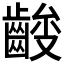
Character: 𱌞